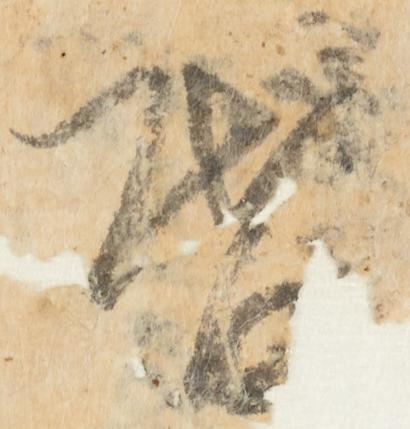
啓